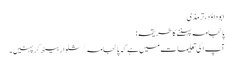
ابو داؤد، ترمذی
پائجامہ پہننے کا طریقہ:
آپ ا کی تعلیمات میں ہے کہ پائجامہ /شلوار بیٹھ کرپہنیں۔